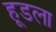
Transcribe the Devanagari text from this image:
हूडला